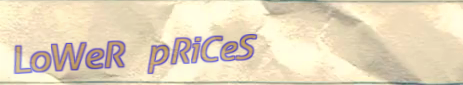
LoWeR pRiCeS